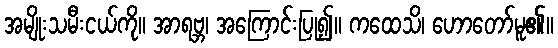
အမျိုးသမီးငယ်ကို။ အာရဗ္ဘ၊ အကြောင်းပြု၍။ ကထေသိ၊ ဟောတော်မူ၏။